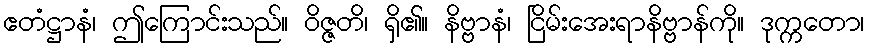
ဧတံဋ္ဌာနံ၊ ဤကြောင်းသည်။ ဝိဇ္ဇတိ၊ ရှိ၏။ နိဗ္ဗာနံ၊ ငြိမ်းအေးရာနိဗ္ဗာန်ကို။ ဒုက္ကတော၊